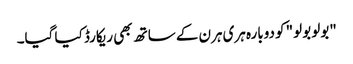
"بولو بولو" کو دوبارہ ہری ہرن کے ساتھ بھی ریکارڈ کیا گیا۔